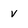
Character: v